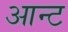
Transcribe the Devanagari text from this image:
आन्ट